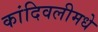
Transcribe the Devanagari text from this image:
कांदिवलीमधे